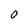
Character: O